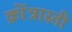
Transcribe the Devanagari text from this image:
क्रोंत्रास्ती